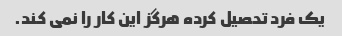
یک فرد تحصیل کرده هرگز این کار را نمی کند.